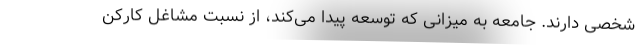
شخصی دارند. جامعه به میزانی که توسعه پیدا می‌کند، از نسبت مشاغل کارکن